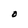
Character: O